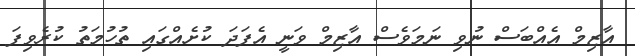
އާޒިމް އެއްބަސް ނުވި ނަމަވެސް އާޒިމް ވަނީ އެފަދަ ކުށެއްގައި ތުހުމަތު ކުރެވިފަ